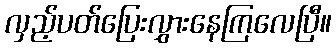
လှည့်ပတ်ပြေးလွှားနေကြလေပြီ။